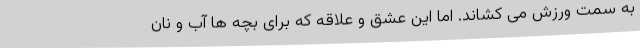
به سمت ورزش می کشاند. اما این عشق و علاقه که برای بچه ها آب و نان